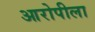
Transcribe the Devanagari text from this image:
आरोपीला